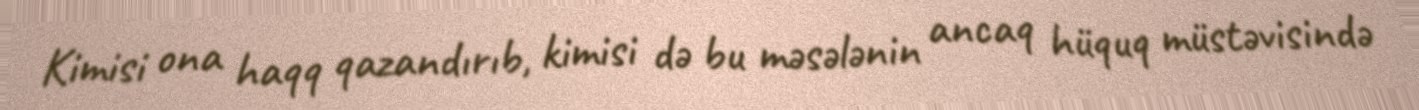
Kimisi ona haqq qazandırıb, kimisi də bu məsələnin ancaq hüquq müstəvisində